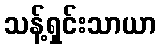
သန့်ရှင်းသာယာ